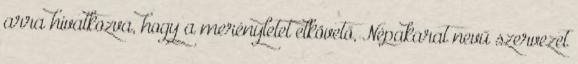
arra hivatkozva, hogy a merényletet elkövető, Népakarat nevű szervezet